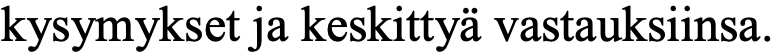
kysymykset ja keskittyä vastauksiinsa.